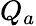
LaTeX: Q_{a}